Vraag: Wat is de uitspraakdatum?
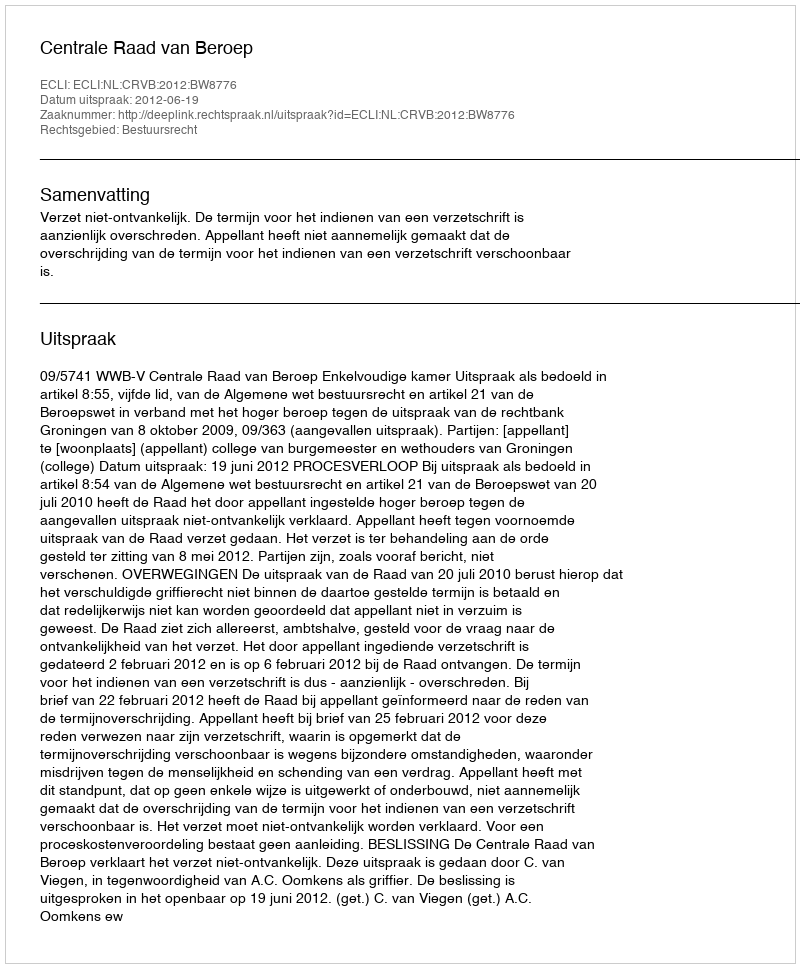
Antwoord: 2012-06-19